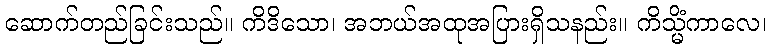
ဆောက်တည်ခြင်းသည်။ ကိဒိသော၊ အဘယ်အထုအပြားရှိသနည်း။ ကိသ္မိံကာလေ၊